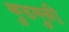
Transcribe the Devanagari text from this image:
कुडमुनी